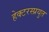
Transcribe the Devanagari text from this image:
हेक्टरस्प्रयुत